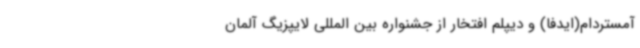
آمستردام(ایدفا) و دیپلم افتخار از جشنواره بین المللی لایپزیگ آلمان